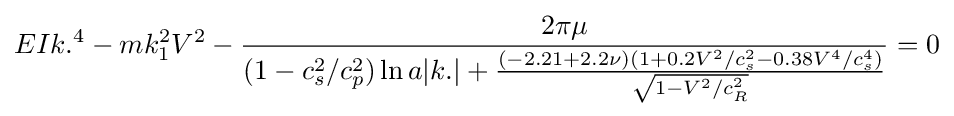
EIk.^{4}-mk_{1}^{2}V^{2}-{2\pi \mu  \over (1-c_{s}^{2}/c_{p}^{2})\ln {a|k.|+{(-2.21+2.2\nu )(1+0.2V^{2}/c_{s}^{2}-0.38V^{4}/c_{s}^{4}) \over {\sqrt {1-V^{2}/c_{R}^{2}}}}}}=0